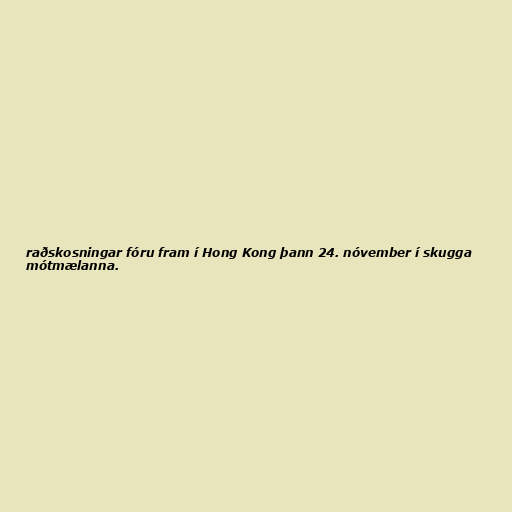
raðskosningar fóru fram í Hong Kong þann 24. nóvember í skugga
mótmælanna.